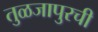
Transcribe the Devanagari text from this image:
तुळजापुरची